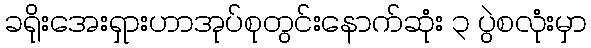
ခရိုးအေးရှားဟာအုပ်စုတွင်းနောက်ဆုံး ၃ ပွဲစလုံးမှာ